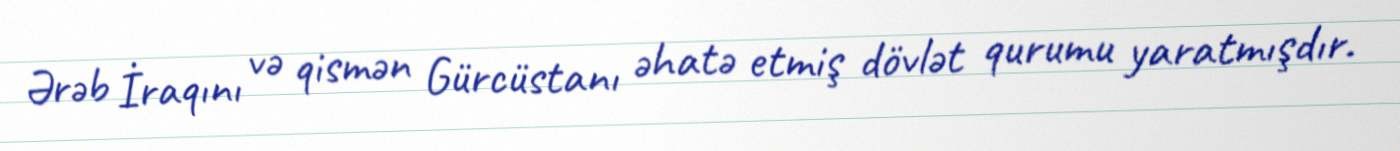
Ərəb İraqını və qismən Gürcüstanı əhatə etmiş dövlət qurumu yaratmışdır.